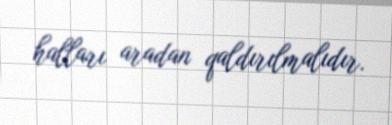
halları aradan qaldırılmalıdır.